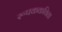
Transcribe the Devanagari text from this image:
रूपककविता